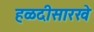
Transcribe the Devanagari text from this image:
हळदीसारखे